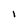
Character: l